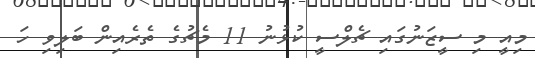
މިއީ މި ސީޒަނުގައި ޗެލްސީ ކުޅުނު 11 މެޗުގެ ތެރެއިން ބަލިވި ހަ